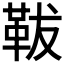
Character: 𩊊